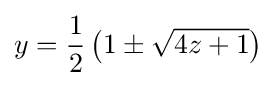
y={\frac {1}{2}}\left(1\pm {\sqrt {4z+1}}\right)